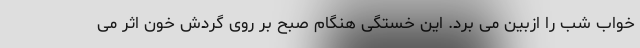
خواب شب را ازبین می برد. این خستگی هنگام صبح بر روی گردش خون اثر می